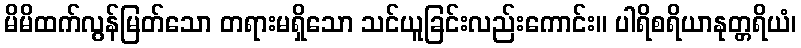
မိမိထက်လွန်မြတ်သော တရားမရှိသော သင်ယူခြင်းလည်းကောင်း။ ပါရိစရိယာနုတ္တရိယံ၊